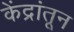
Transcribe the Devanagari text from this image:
केंद्रांतून